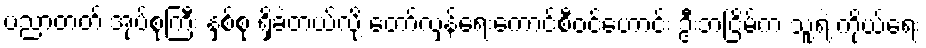
ပညာတတ် အုပ်စုကြီး နှစ်စု ရှိခဲ့တယ်လို့ တော်လှန်ရေးကောင်စီဝင်ဟောင်း ဦးဘငြိမ်က သူ့ရဲ့ ကိုယ်ရေး